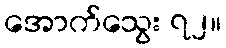
အောက်သွေး ၇၂။